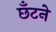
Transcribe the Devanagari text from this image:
छँटने